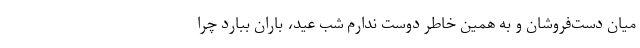
میان دست‌فروشان و به همین خاطر دوست ندارم شب عید، باران ببارد چرا